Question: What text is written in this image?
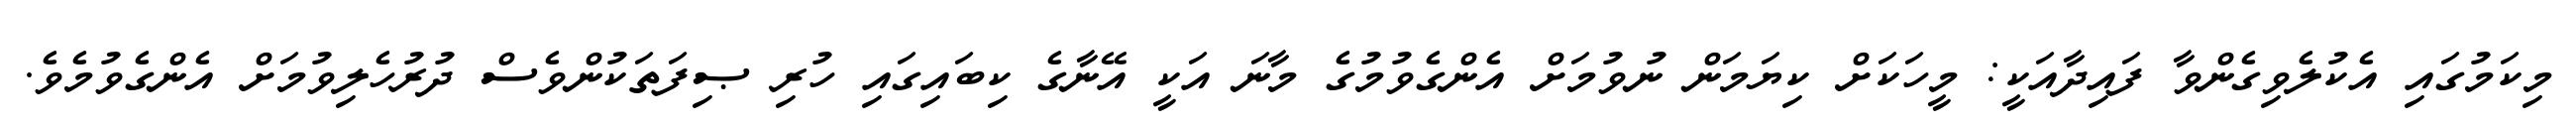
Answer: މިކަމުގައި އެކުލެވިގެންވާ ފައިދާއަކީ: މީހަކަށް ކިޔަމަން ނުވުމަށް އެންގެވުމުގެ މާނަ އަކީ އޭނާގެ ކިބައިގައި ހުރި ޞިފަތަކުންވެސް ދުރުހެލިވުމަށް އެންގެވުމެވެ.